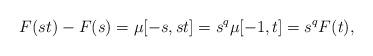
LaTeX: \begin{align*}F(st) - F(s) = \mu [-s, st] = s^q \mu [-1, t] = s^q F(t) ,\end{align*}